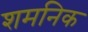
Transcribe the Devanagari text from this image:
शमनिक